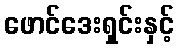
ဖောင်ဒေးရှင်းနှင့်